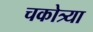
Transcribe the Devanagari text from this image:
चकोत्र्या